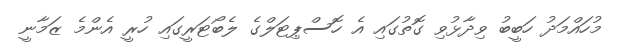
މުހައްމަދު ހަބީބު ވިދާޅުވި ގޮތުގައި އެ ހޮސްޕިޓަލްގެ ލެބޯޓަރީގައި ހުރީ އެންމެ ޒަމާނީ